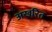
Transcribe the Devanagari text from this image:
अखरित